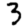
Digit: 3